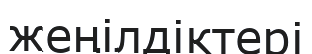
жеңілдіктері